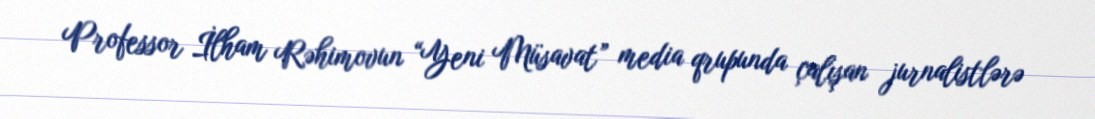
Professor İlham Rəhimovun “Yeni Müsavat” media qrupunda çalışan jurnalistlərə